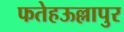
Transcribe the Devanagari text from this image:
फतेहऊल्लापुर